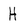
Character: H